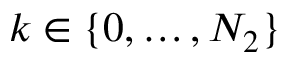
k \in \{ 0 , \ldots , N _ { 2 } \}